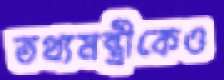
তথ্যমন্ত্রীকেও